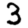
Digit: 3